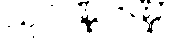
သုဝဏ္ဏဒဏ္ဍာ